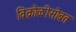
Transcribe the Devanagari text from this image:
विक्रोळीसोबत